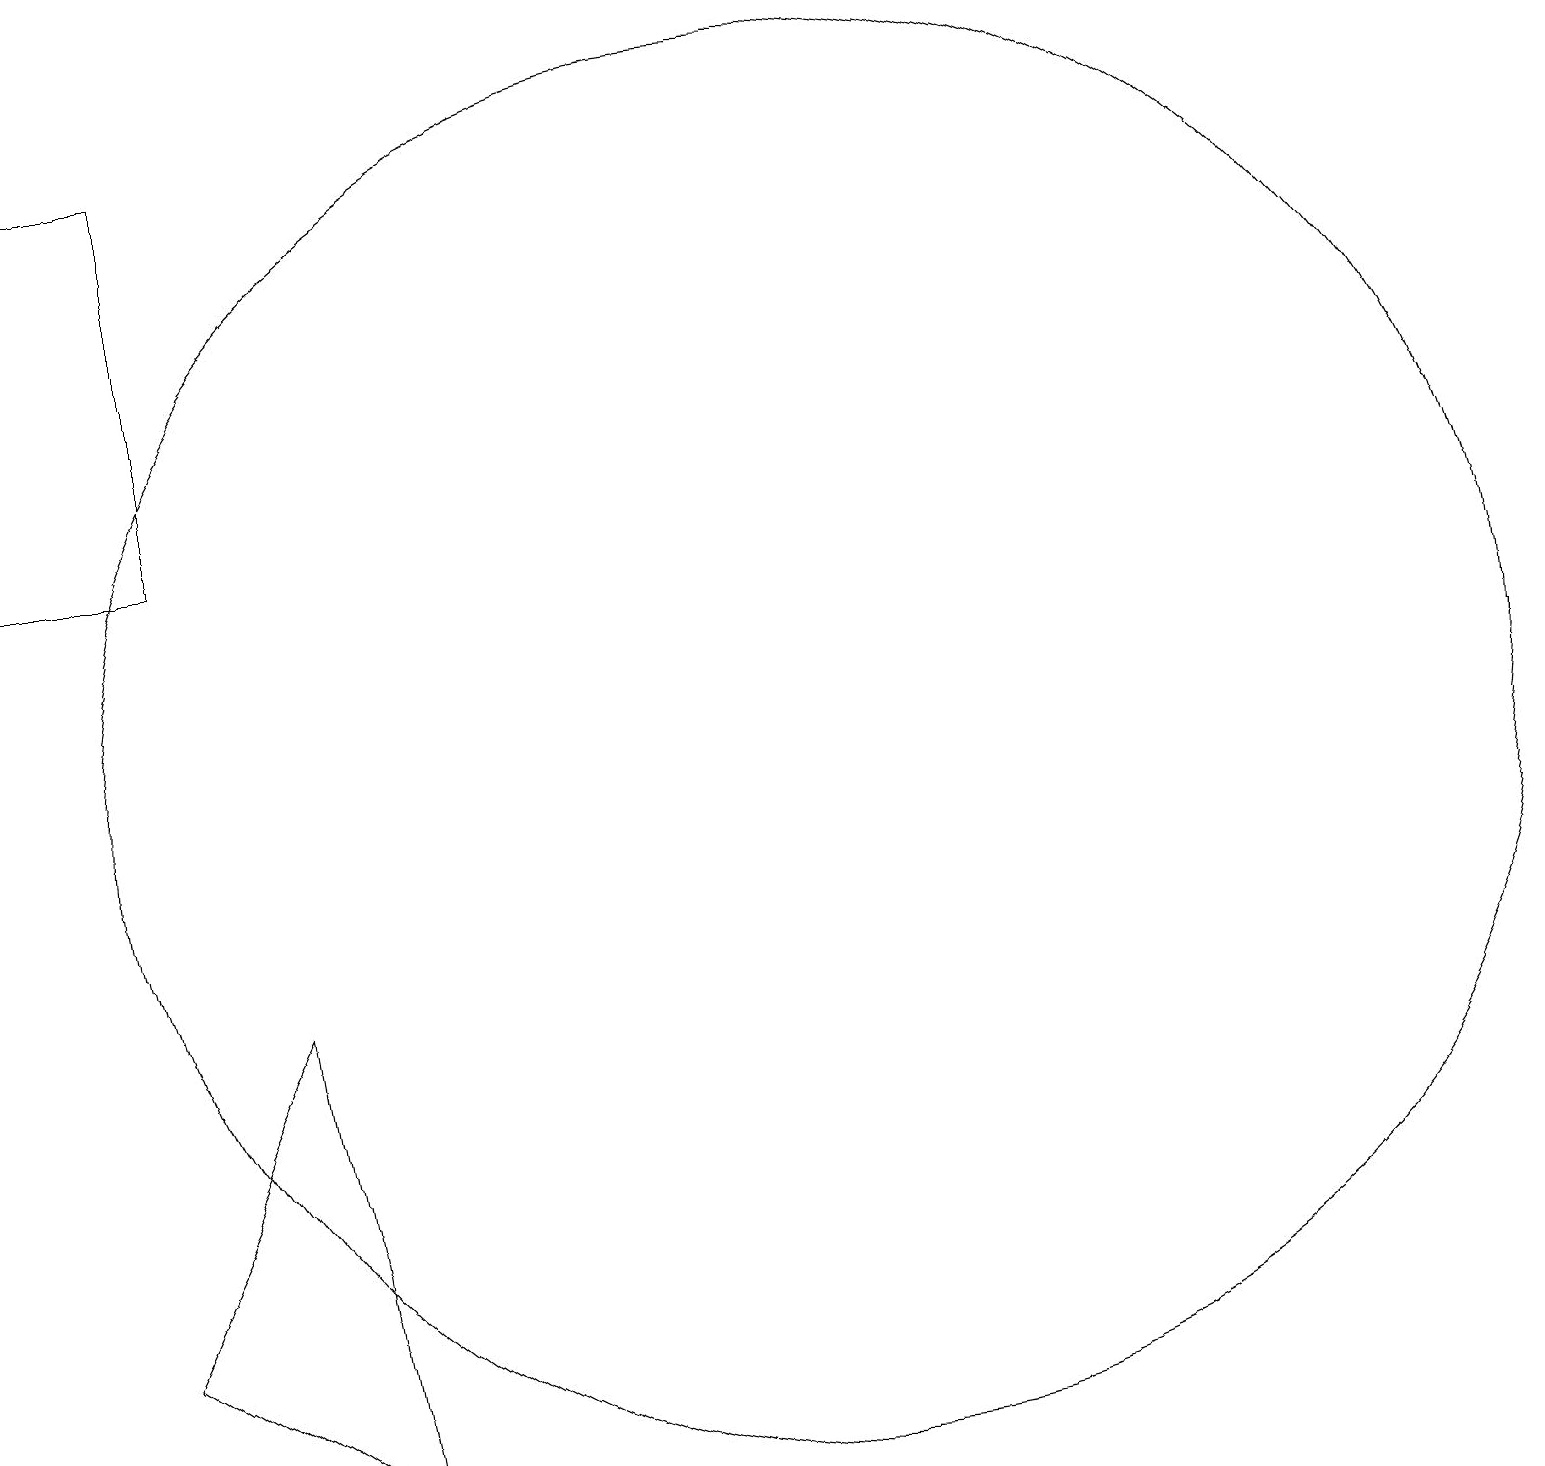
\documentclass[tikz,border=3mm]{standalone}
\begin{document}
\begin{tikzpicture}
\draw (11,10) circle (9);
\draw (5,1) -- (4,7) -- (2,3) -- cycle;
\draw (1,18) rectangle (3,13);
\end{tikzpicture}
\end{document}